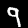
Label: 9